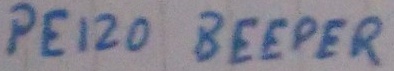
Text: PEIZO BEEPER